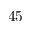
4 5